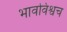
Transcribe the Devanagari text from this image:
भावविश्वच